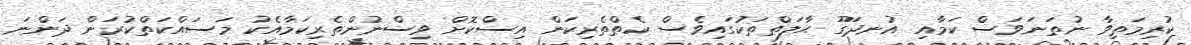
ކުރިމަތިވާ ނުތަނަވަސް ކަމާއި އުނދަގޫ ޙާލަތްތަކުގައިވެސް ކެތްތެރިކަން އިސްކޮށް ވިސްނުންތެރިކަމާއެކު މަސައްކަތްކުރަން ދަންނަ